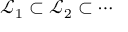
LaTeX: { \mathcal { L } } _ { 1 } \subset { \mathcal { L } } _ { 2 } \subset \cdots